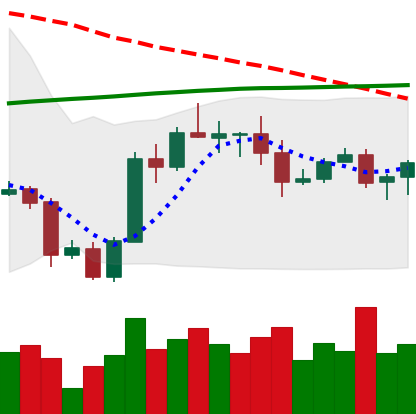
Ticker: ADA-USD
Chart end date: 2020-10-08
Forward return: 13.208%
Label: up_7plus